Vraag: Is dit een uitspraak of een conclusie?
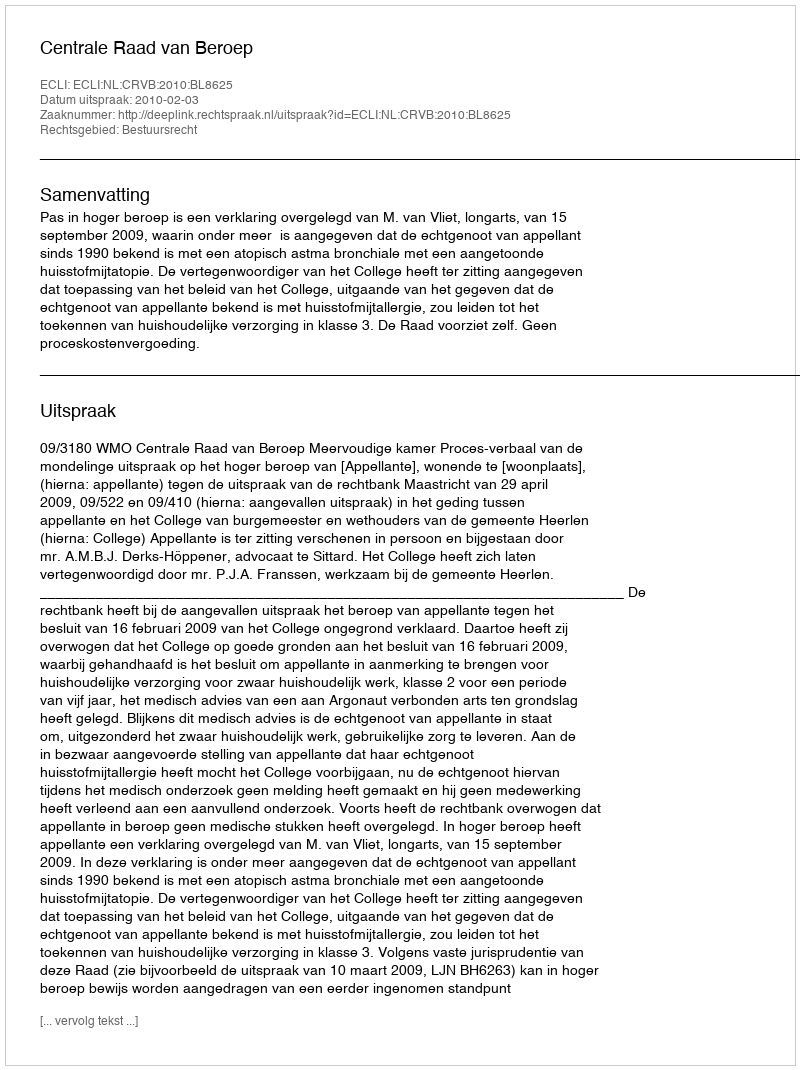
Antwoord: Uitspraak